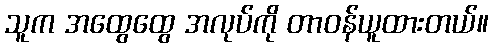
သူက အထွေထွေ အလုပ်ကို တာဝန်ယူထားတယ်။